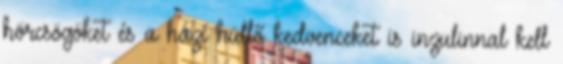
hörcsögöket és a házi hüllő kedvenceket is inzulinnal kell